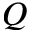
Q